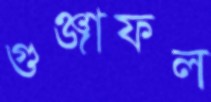
গুঞ্জাফল